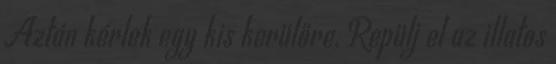
Aztán kérlek egy kis kerülőre, Repülj el az illatos